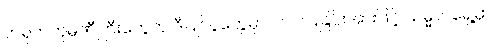
တရုတ်ကုမ္ပဏီကြီးတွေက ဒီပြိုင်ပွဲတွေမှာ ပါဝင်ပြခြင်းအားဖြင့် သမ္မတရှေ့မှာ